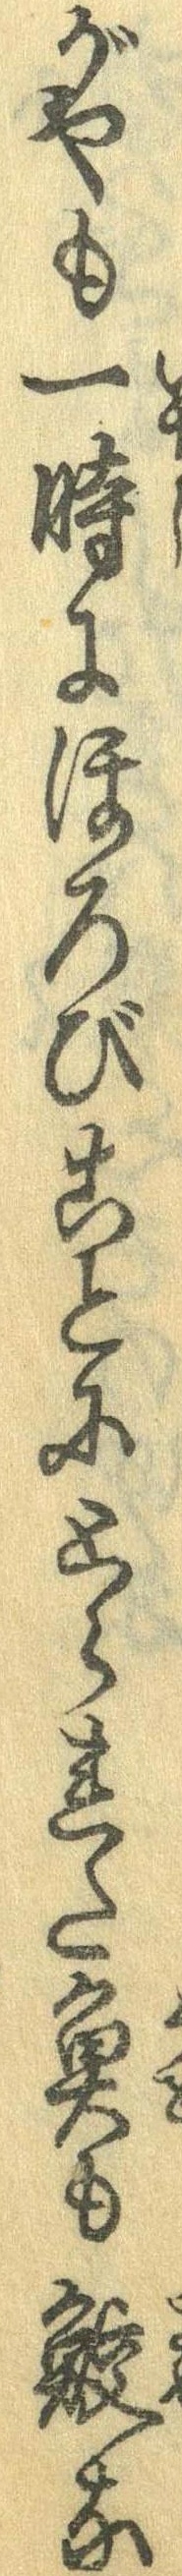
がやも一時にほろびことにとられた魚も鮫な